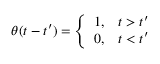
\theta ( t - t ^ { \prime } ) = \left\{ \begin{array} { l l } { { 1 , } } & { { t > t ^ { \prime } } } \\ { { 0 , } } & { { t < t ^ { \prime } } } \end{array} \right.